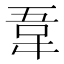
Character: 𫖌